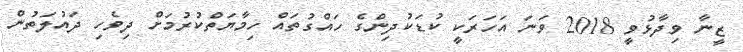
ޒީނާ ވިދާޅުވީ 2018 ވަނަ އަހަރަކީ ކުޑަކުދިންގެ ހައްގުތައް ހިމާޔަތްކުުރުމަށް ދިވެހި ދައުލަތުން